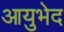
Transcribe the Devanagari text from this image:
आयुभेद